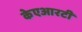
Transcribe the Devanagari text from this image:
केएआरटी